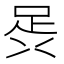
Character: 𮛎